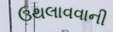
ઉથલાવવાની